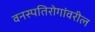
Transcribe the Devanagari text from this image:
वनस्पतिरोगांवरील